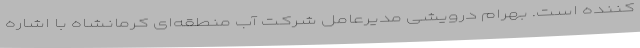
کننده است. بهرام درویشی مدیرعامل شرکت آب منطقه‌ای کرمانشاه با اشاره